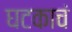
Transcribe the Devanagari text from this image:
घटकाचं